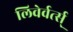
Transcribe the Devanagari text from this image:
लिवेर्वर्त्स्